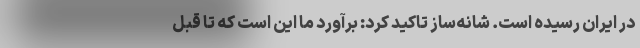
در ایران رسیده است. شانه‌ساز تاکید کرد: برآورد ما این است که تا قبل